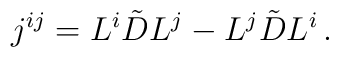
j^{ij} = L^i \tilde{D} L^j - L^j \tilde{D} L^i\,.